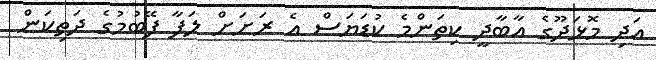
އަދި މޮޅަދޫގެ އާބާދީ ކިތަންމެ ކުޑަޔަސް އެ ރަށަށް ލަފާ ފޭބުމުގެ ދަތިކަން